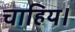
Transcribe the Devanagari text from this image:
चाहिय।